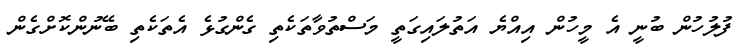
ފުލުހުން ބުނީ އެ މީހުން އިއްޔެ އަތުލައިގަތީ މަސްތުވާތަކެތި ގެންގުޅެ އެތަކެތި ބޭނުންކޮށްގެން